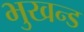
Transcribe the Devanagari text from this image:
भुखन्ड